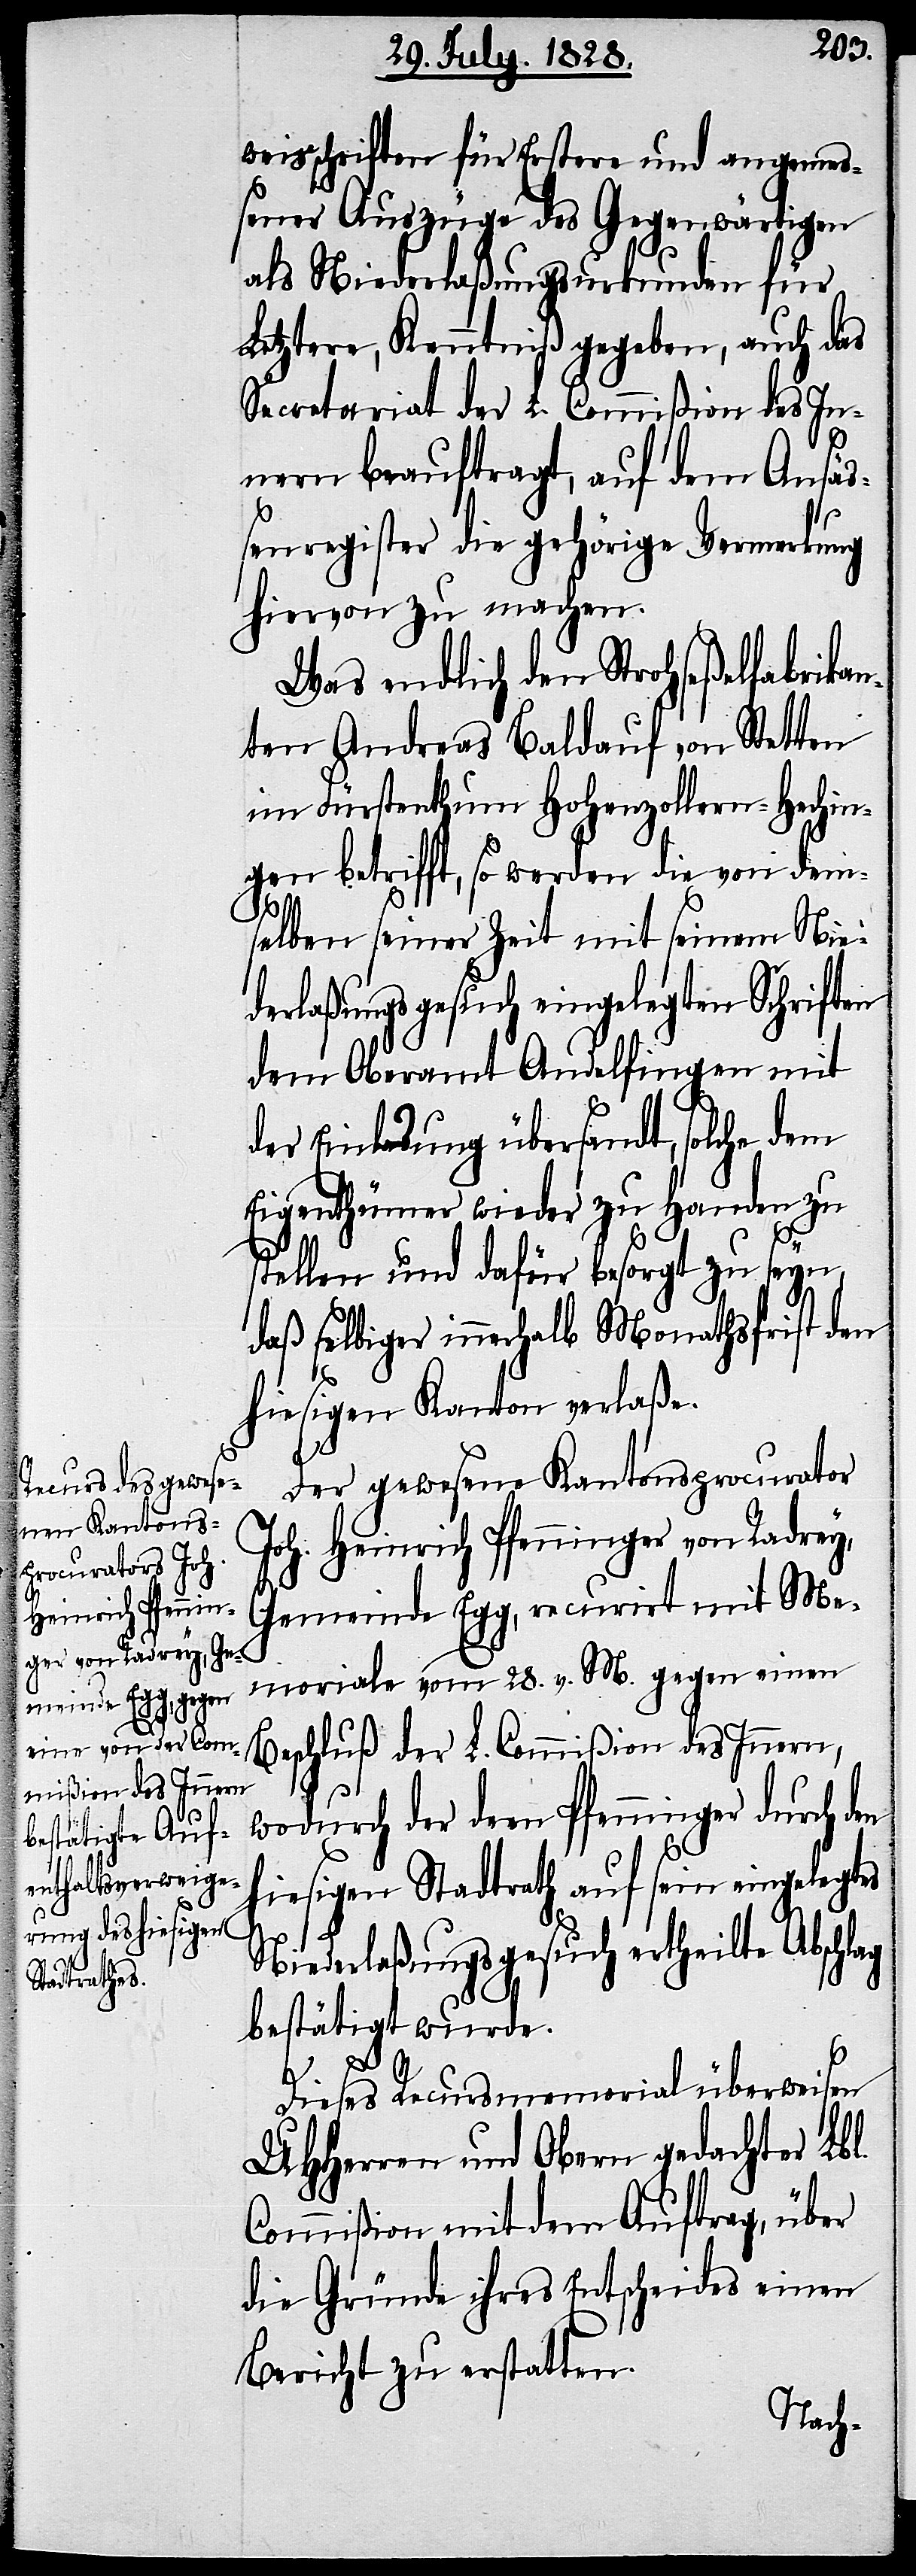
weisschriften für Erstere und angemeß¬
ener Auszüge des Gegenwärtigen
als Niederlaßungsurkunde für
Letztere Kenntniß gegeben, auch das
Secretariat der L. Commißion des In¬
nern beauftragt, auf dem Ansä¬
ßenregister die gehörige Vermerkung
hiervon zu machen.
Was endlich den Strohseßelfabrikan¬
ten Andreas Baldauf von Stetten
im Fürstenthum Hohenzollern-Hechin¬
gen betrifft, so werden die von dem¬
ag
selben seiner Zeit mit seinem Nie¬
derlaßungsgesuch eingelegten Schriften
dem Oberamt Andelfingen mit
der Einladung übersandt, solche dem
Eigenthümer wieder zu Handen zu
stellen und dafür besorgt zu seyn,
daß selbiger innerhalb Monathsfrist den
hiesigen Kanton verlaße.
Der gewesene Kantonsprocurator
Joh. Heinrich Pfenninger von Radrey,
Gemeinde Egg, recurirt mit Me¬
moriale vom 28. v. M. gegen einen
Beschluß der L. Commißion des Innern,
wodurch der dem Pfenninger durch den
hiesigen Stadtrath auf sein eingelegtes
Niederlaßungsgesuch ertheilte Abschl¬
bestätigt wurde.
Dieses Recursmemorial überweisen
UHHerren und Obern gedachter Lbl.
Commißion mit dem Auftrag, über
die Gründe ihres Entscheides einen
Bericht zu erstatten.